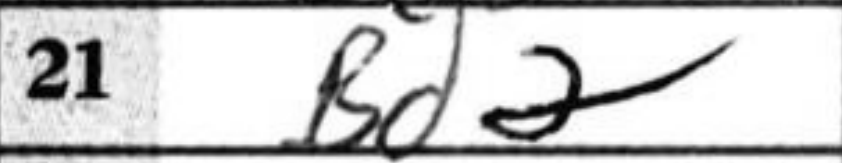
Transcription: Bd2